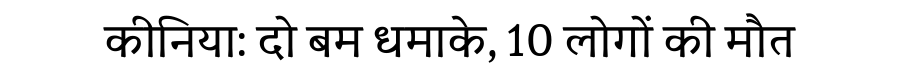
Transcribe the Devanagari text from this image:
कीनिया: दो बम धमाके, 10 लोगों की मौत